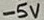
Text: -5V